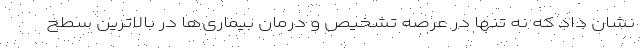
نشان داد که نه تنها در عرصه تشخیص و درمان بیماری‌ها در بالاترین سطح